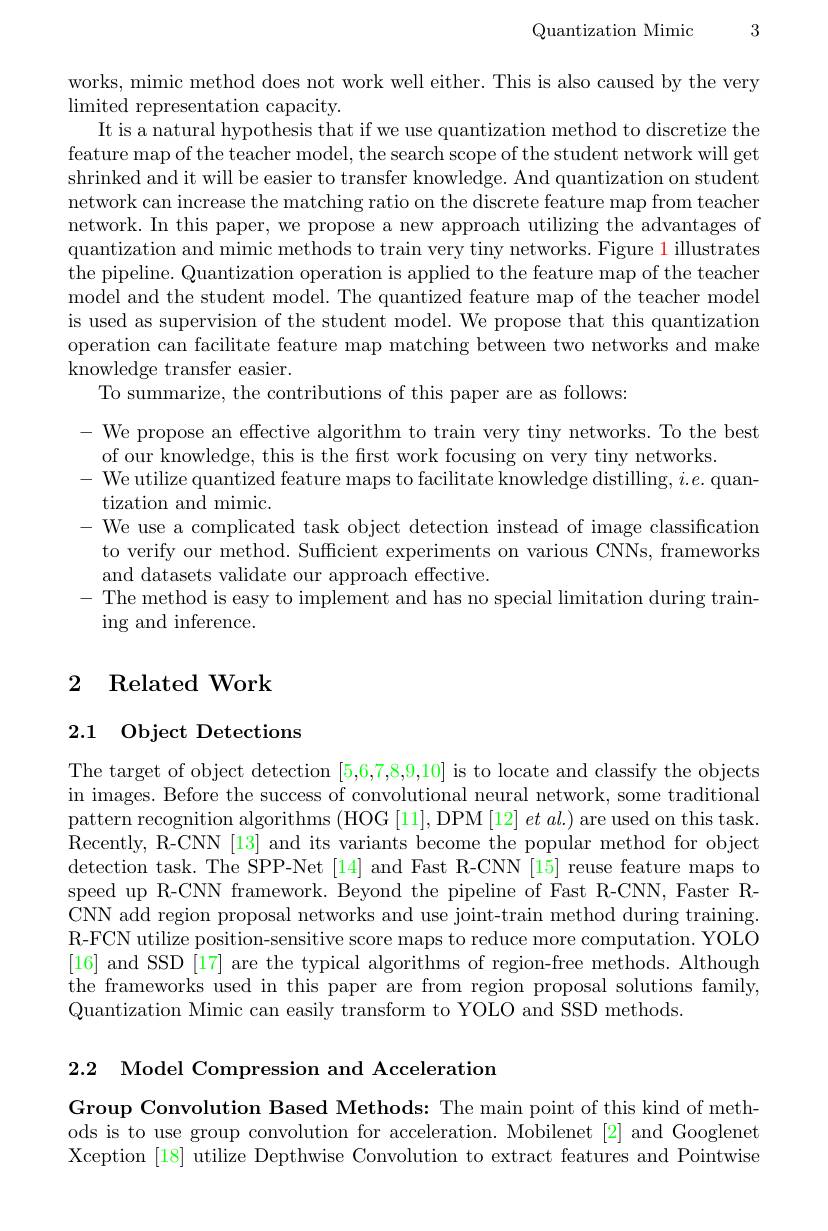
Quantization Mimic 3

works, mimic method does not work well either. This is also caused by the very
limited representation capacity.
It is a natural hypothesis that if we use quantization method to discretize the feature map of the teacher model, the search scope of the student network will get shrinked and it will be easier to transfer knowledge. And quantization on student network can increase the matching ratio on the discrete feature map from teacher network. In this paper, we propose a new approach utilizing the advantages of quantization and mimic methods to train very tiny networks. Figure 1 illustrates the pipeline. Quantization operation is applied to the feature map of the teacher model and the student model. The quantized feature map of the teacher model is used as supervision of the student model. We propose that this quantization operation can facilitate feature map matching between two networks and make knowledge transfer easier.
To summarize, the contributions of this paper are as follows:

$-{\mathrm{~We~propose~an~effective~algorithm~to~train~very~tiny~networks.~To~the~best}}$
of our knowledge, this is the frst work focusing on very tiny networks.
- We utilize quantized feature maps to facilitate knowledge distilling, $i.e.$ quan-
tization and mimic.
- We use a complicated task object detection instead of image classification
to verify our method. Sufficient experiments on various CNNs, frameworks
and datasets validate our approach effective.
- The method is easy to implement and has no special limitation during train-
ing and inference.

# 2 Related Work

## 2.1 Object Detections

The target of object detection [5,6,7,8,9,10] is to locate and classify the objects in images. Before the success of convolutional neural network, some traditional pattern recognition algorithms (HOG [11], DPM [12] et al.) are used on this task. Recently, R-CNN [13] and its variants become the popular method for object detection task. The SPP-Net [14] and Fast R-CNN [15] reuse feature maps to speed up R-CNN framework. Beyond the pipeline of Fast R-CNN, Faster RCNN add region proposal networks and use joint-train method during training. R-FCN utilize position-sensitive score maps to reduce more computation. YOLO [16] and SSD [17] are the typical algorithms of region-free methods. Although the frameworks used in this paper are from region proposal solutions family, Quantization Mimic can easily transform to YOLO and SSD methods.

2.2 Model Compression and Acceleration

Group Convolution Based Methods: The main point of this kind of methods is to use group convolution for acceleration. Mobilenet [2] and Googlenet Xception [18] utilize Depthwise Convolution to extract features and Pointwise